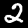
Digit: 2